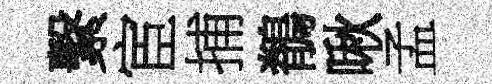
繫宦捕鶺啾孟